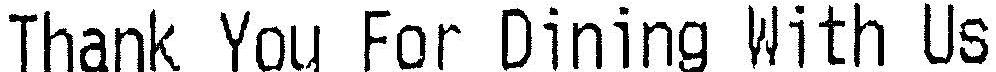
THANK YOU FOR DINING WITH US